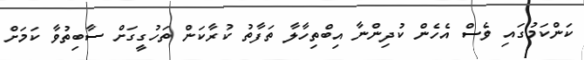
ކަންކަމުގައި ވެސް އެހެން ކުދިންނާ އިބްތިހާލާ ތަފާތު ކުރާކަން ތަހުގީގަށް ސާބިތުވާ ކަމަށް